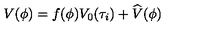
V ( \phi ) = f ( \phi ) V _ { 0 } ( \tau _ { i } ) + \widehat V ( \phi )